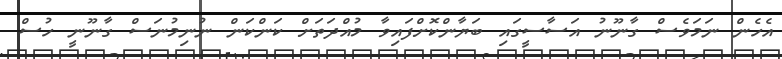
އެހެން ނަމަވެސް ގާނޫނު އަސާސީގައި ބަޔާންކޮށްފައިވާ މުއްދަތަށް ކަންކަން ނުނިމުނަސް ގާނޫނީ ހުސް